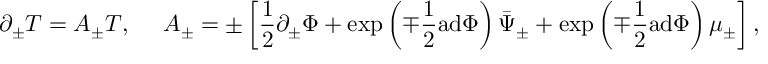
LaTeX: \partial _ { \pm } T = A _ { \pm } T , { } ~ ~ ~ ~ A _ { \pm } = \pm \left[ \frac { 1 } { 2 } \partial _ { \pm } \Phi + \exp \left( \mp \frac { 1 } { 2 } \mathrm { a d } \Phi \right) \bar { \Psi } _ { \pm } + \exp \left( \mp \frac { 1 } { 2 } \mathrm { a d } \Phi \right) \mu _ { \pm } \right] ,